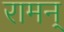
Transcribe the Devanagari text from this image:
रामन्‌